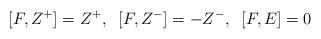
LaTeX: \begin{align*}[F,Z^{+}]=Z^{+},\;\;[F,Z^{-}]=-Z^{-},\;\;[F,E]=0\end{align*}